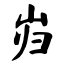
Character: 岿